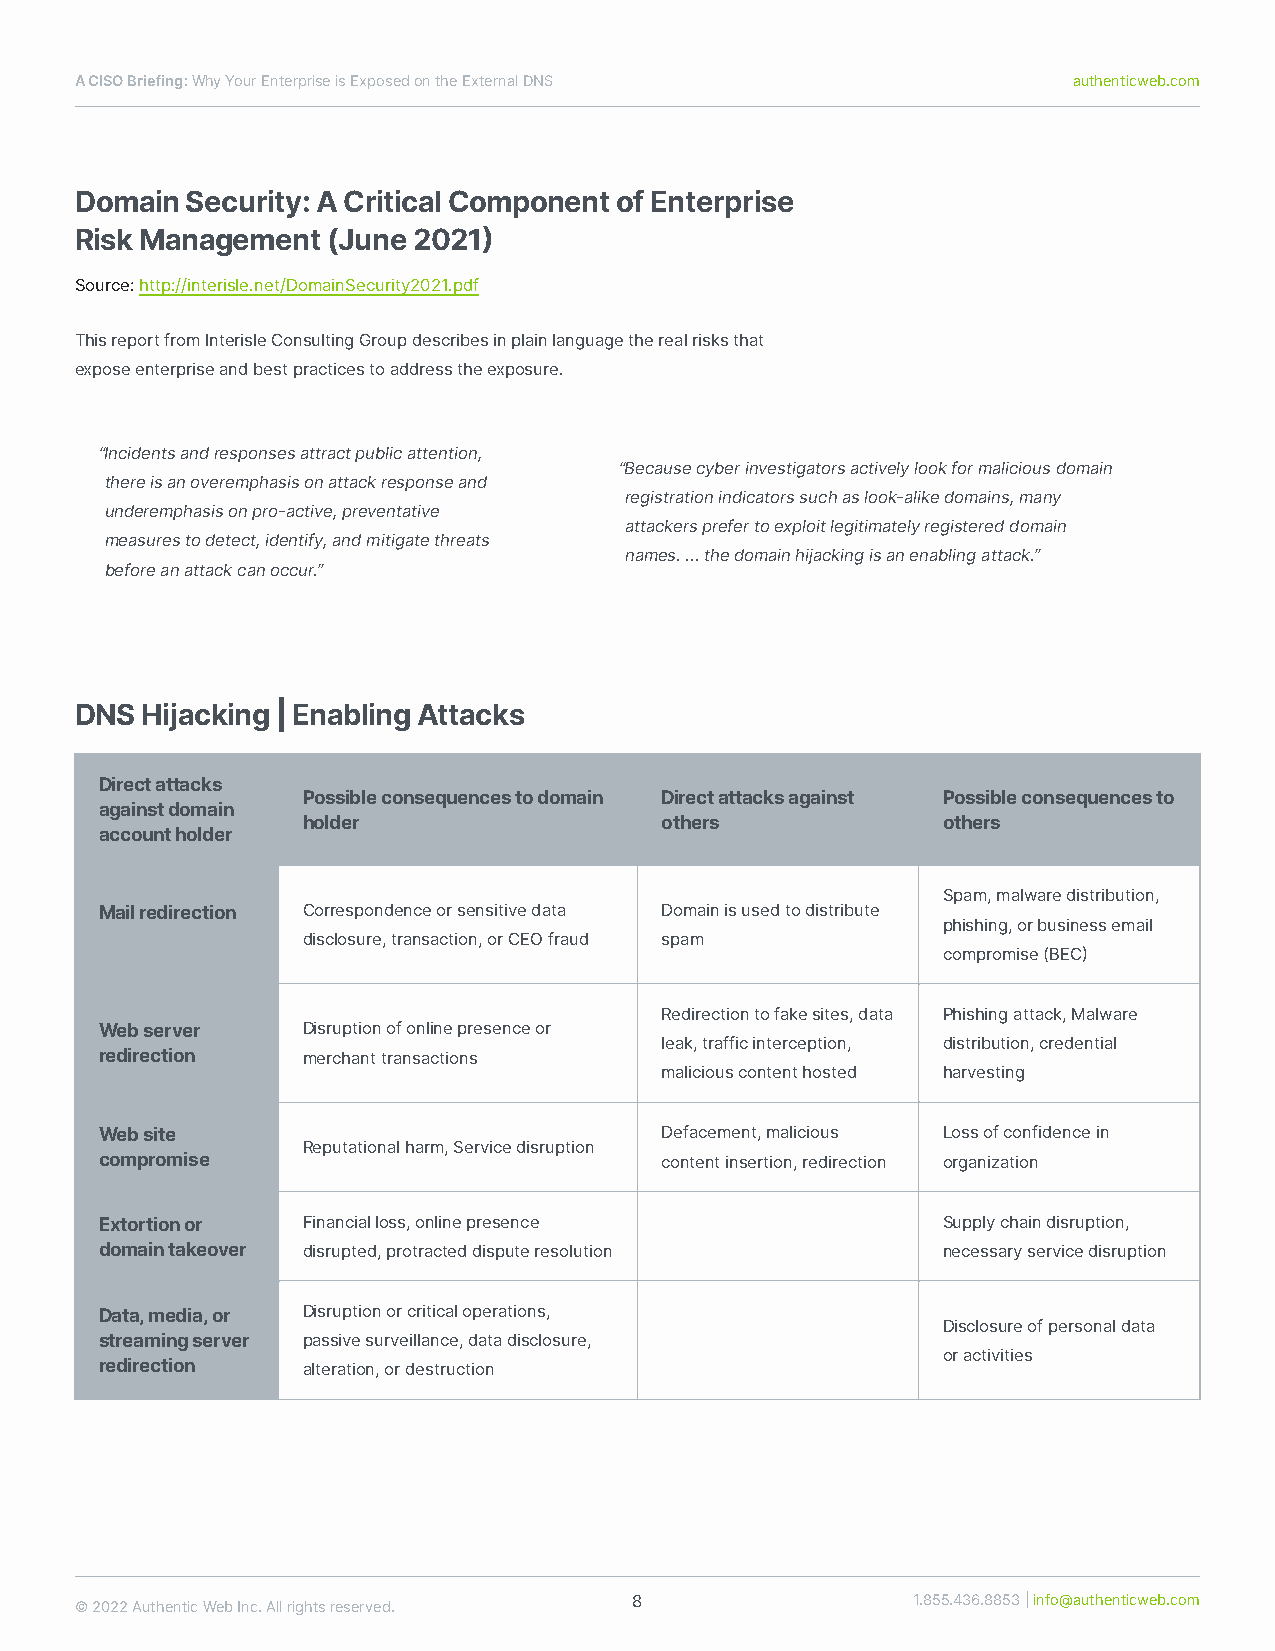
ACISOBriefing:WhyYourEnterpriseisExposedontheExternalDNS          authenticweb.com
 DomainSecurity:ACriticalComponentofEnterprise
 RiskManagement(June2021)
 Source:http://interisle.net/DomainSecurity2021.pdf
 ThisreportfromInterisleConsultingGroupdescribesinplainlanguagetherealrisksthat
 exposeenterpriseandbestpracticestoaddresstheexposure.
 “Incidentsandresponsesattractpublicattention,
 “Becausecyberinvestigatorsactivelylookformaliciousdomain
 thereisanoveremphasisonattackresponseand
 registrationindicatorssuchaslook-alikedomains,many
 underemphasisonpro-active,preventative
 attackersprefertoexploitlegitimatelyregistereddomain
 measurestodetect,identify,andmitigatethreats
 names....thedomainhĳackingisanenablingattack.”
 beforeanattackcanoccur.”
 DNSHĳacking|EnablingAttacks
 Directattacks
 Possibleconsequencestodomain Directattacksagainst Possibleconsequencesto
 againstdomain
 holder                  others            others
 accountholder
 Spam,malwaredistribution,
 Mailredirection Correspondenceorsensitivedata Domainisusedtodistribute
 phishing,orbusinessemail
 disclosure,transaction,orCEOfraud spam
 compromise(BEC)
 Redirectiontofakesites,data Phishingattack,Malware
 Webserver    Disruptionofonlinepresenceor
 leak,trafficinterception, distribution,credential
 redirection  merchanttransactions
 maliciouscontenthosted harvesting
 Website                              Defacement,malicious Lossofconfidencein
 Reputationalharm,Servicedisruption
 compromise                           contentinsertion,redirection organization
 Extortionor  Financialloss,onlinepresence              Supplychaindisruption,
 domaintakeover disrupted,protracteddisputeresolution   necessaryservicedisruption
 Data,media,or Disruptionorcriticaloperations,
 Disclosureofpersonaldata
 streamingserver passivesurveillance,datadisclosure,
 oractivities
 redirection  alteration,ordestruction
 8                 1.855.436.8853|info@authenticweb.com
 ©2022AuthenticWebInc.Allrightsreserved.